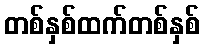
တစ်နှစ်ထက်တစ်နှစ်